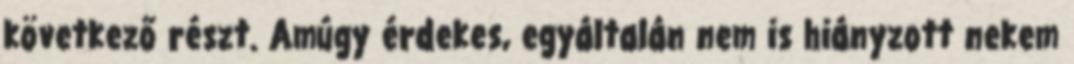
következő részt. Amúgy érdekes, egyáltalán nem is hiányzott nekem